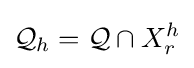
{\mathcal {Q}}_{h}={\mathcal {Q}}\cap X_{r}^{h}